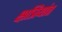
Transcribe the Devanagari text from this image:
क्षत्रियांत